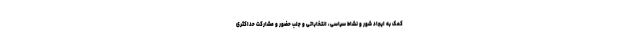
کمک به ایجاد شور و نشاط سیاسی، انتخاباتی و جلب حضور و مشارکت حداکثری